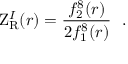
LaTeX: \mathrm { Z } _ { \mathrm { R } } ^ { I } ( r ) = { \frac { f _ { 2 } ^ { 8 } ( r ) } { 2 f _ { 1 } ^ { 8 } ( r ) } } ~ ~ .